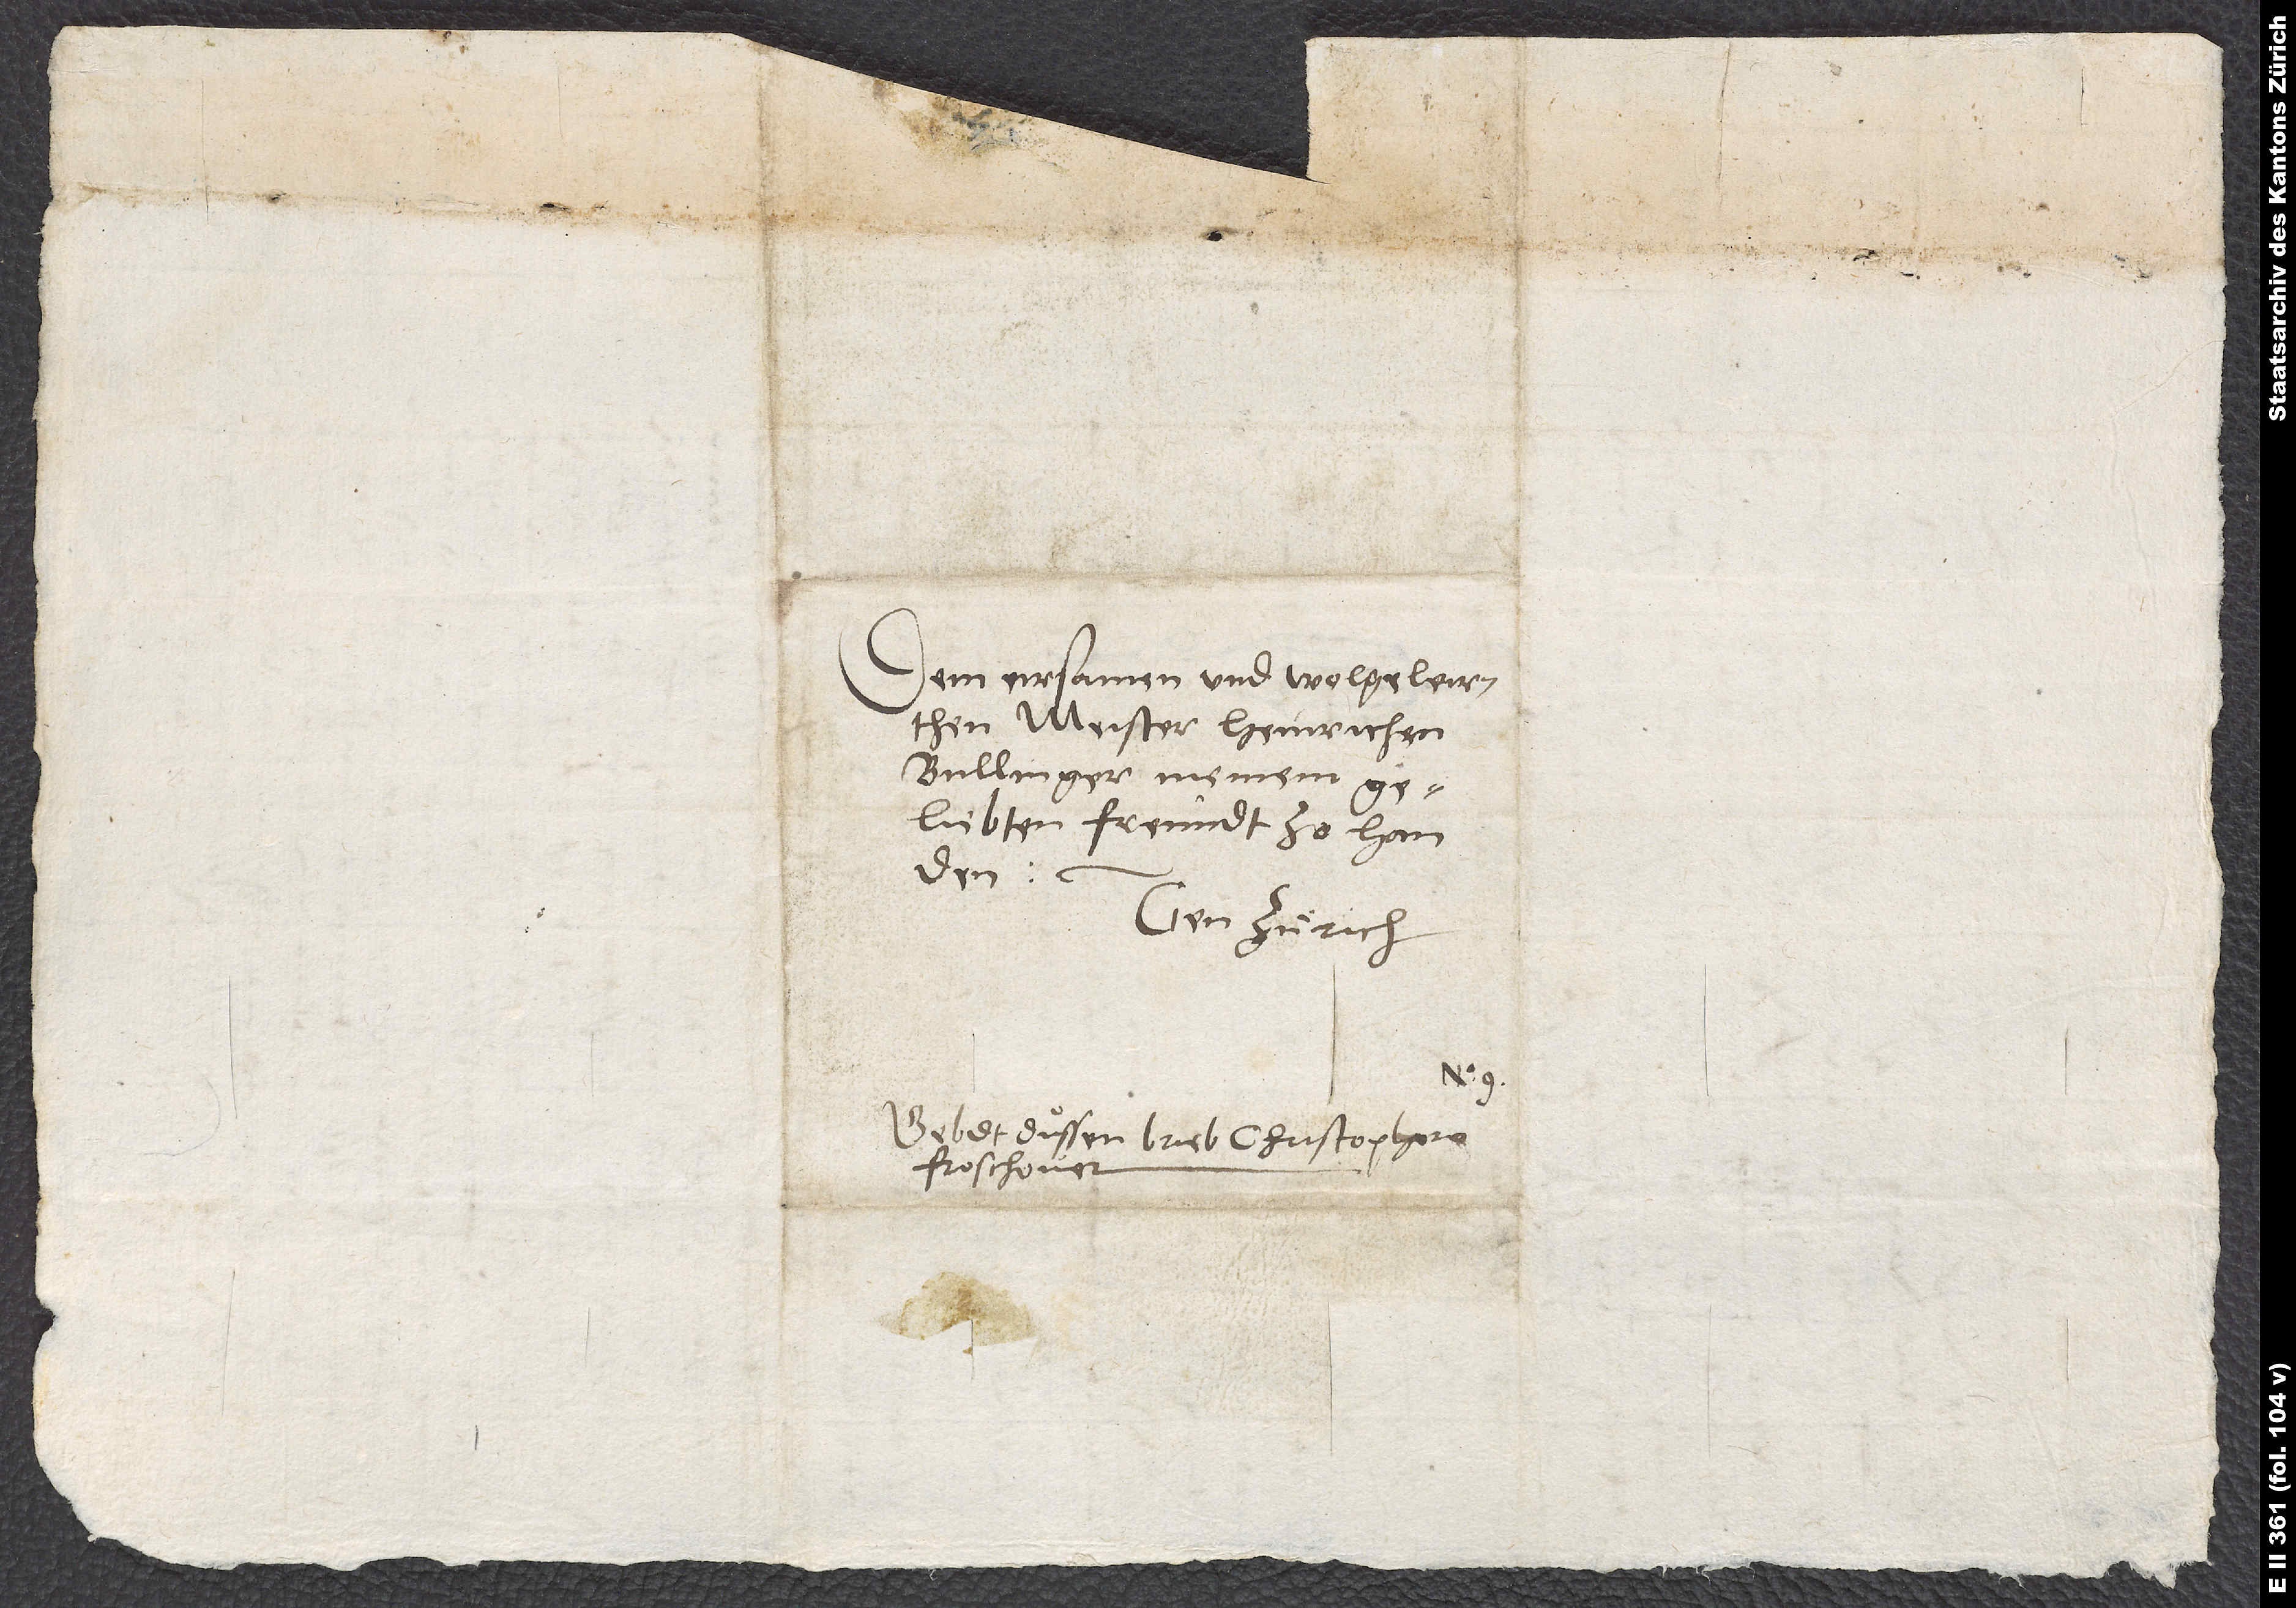
Dem eirsamen und wolgeleirthen
Meister Heinrichen
Bullinger, meinem
geliebten freundt, zo handen.
Gen Zuͤrich.
Gebdt dussen brieb Christophoro
Froschouer.